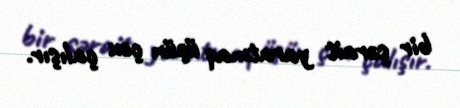
bir şərait yaratmaq üçün çox çalışır.